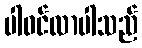
ပါဝင်လာပါသည်